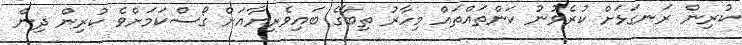
ކުރިން ރަނގަޅަށް ކުރެވުނު ކަންތައްތައް މިހާރު ތިބާގެ ބައިވެރިޔާއަށް ގޯސްކަމަށްވެ ކުރިން ދިން